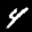
Digit: 4